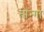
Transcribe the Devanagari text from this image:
तोन्गा